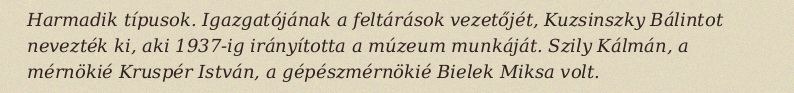
Harmadik típusok. Igazgatójának a feltárások vezetőjét, Kuzsinszky Bálintot nevezték ki, aki 1937-ig irányította a múzeum munkáját. Szily Kálmán, a mérnökié Kruspér István, a gépészmérnökié Bielek Miksa volt.